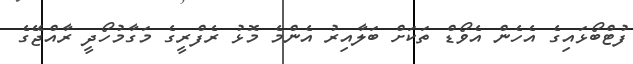
ފުޓްބޯޅައިގެ އެހެން އެވޯޑް ތަކަށް ބަލާއިރު އެންމެ މޮޅު ރެފްރީގެ މަގާމުހޯދީ ރާއްޖޭގެ